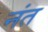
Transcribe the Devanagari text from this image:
नंत